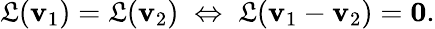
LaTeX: \mathfrak{L}(\mathbf{{v}}_{1})=\mathfrak{L}(\mathbf{{v}}_{2})\; \Leftrightarrow\; \mathfrak{L}(\mathbf{{v}}_{1}-\mathbf{{v}}_{2})=\mathbf{{0}}{\mathrm{{.}}}